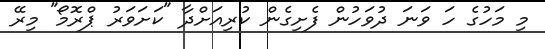
މި މަހުގެ ހަ ވަނަ ދުވަހުން ފެށިގެން ކުރިއަށްދާ "ކަށަވަރު ޕްރޮމޯ" މިރޭ